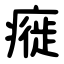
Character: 㿅